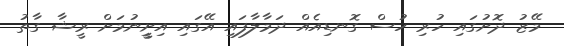
މޭޒު ދޮށުގައި ހުރި ހުސް ގޮނޑިއެއް ދަމާލާފައި އޭގައި އިށީީނުމަށް ރީޝާ ގާތު